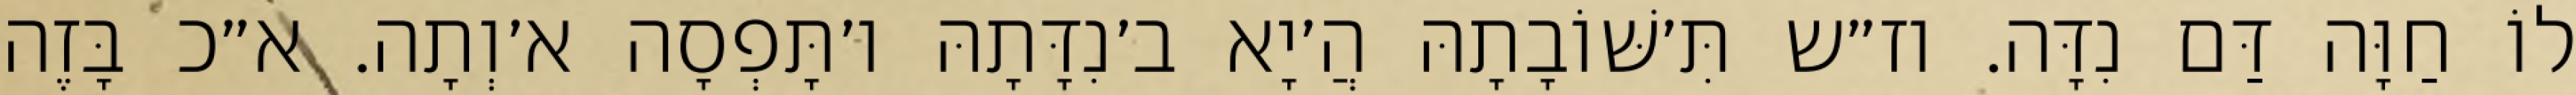
לוֹ חַוָּה דַּם נִדָּה. וז״ש תִּ׳שּׁוֹבָתָהּ הֲ׳יָא ב׳נִדָּתָהּ ו׳תָּפְסָה א׳וְתָה. א״כ בָּזֶה